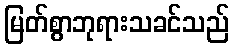
မြတ်စွာဘုရားသခင်သည်